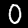
Digit: 0